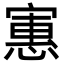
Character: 寭